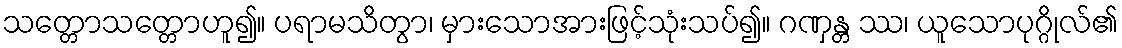
သတ္တောသတ္တောဟူ၍။ ပရာမသိတွာ၊ မှားသောအားဖြင့်သုံးသပ်၍။ ဂဏှန္တ ဿ၊ ယူသောပုဂ္ဂိုလ်၏